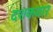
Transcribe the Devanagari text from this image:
दशकवार